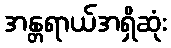
အန္တရာယ်အရှိဆုံး